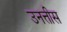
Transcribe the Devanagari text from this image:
उनत्तीस